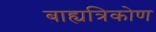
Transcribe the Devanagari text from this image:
बाह्यत्रिकोण